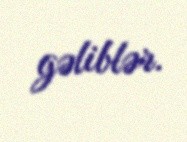
gəliblər.